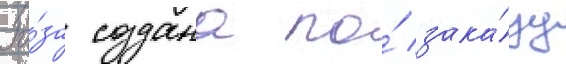
Ро́за создана по́ зака́зу